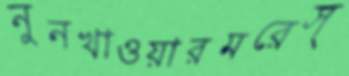
নুনখাওয়ারমরেস্